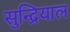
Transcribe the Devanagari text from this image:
सुन्द्रियाल